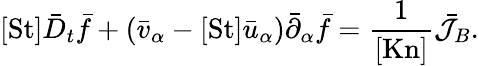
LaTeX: [\mathrm{St}]\bar{D}_{t}\bar{f}+\left(\bar{v}_{\alpha}-[\mathrm{St}]\bar{u}_{\alpha}\right)\bar{\partial}_{\alpha}\bar{f}=\frac{1}{[\mathrm{Kn}]}\bar{\mathcal{J}}_{B}.